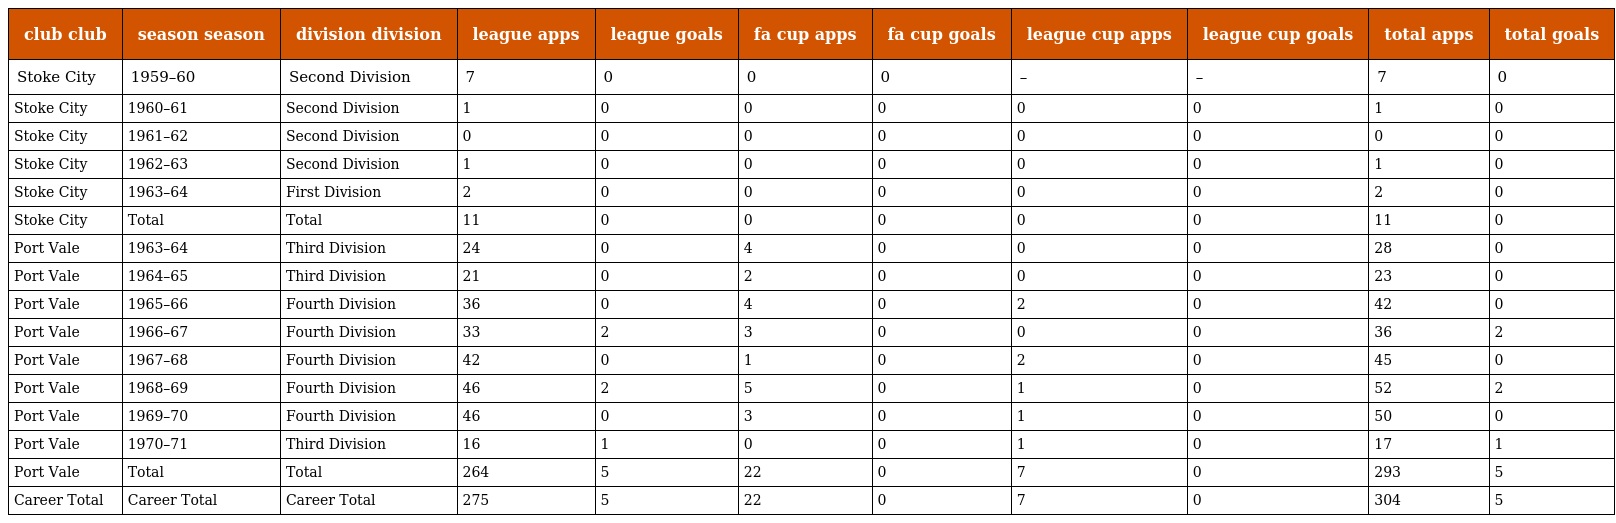
| club club | season season | division division | league apps | league goals | fa cup apps | fa cup goals | league cup apps | league cup goals | total apps | total goals |
 | --- | --- | --- | --- | --- | --- | --- | --- | --- | --- | --- |
 | Stoke City | 1959–60 | Second Division | 7 | 0 | 0 | 0 | – | – | 7 | 0 |
 | Stoke City | 1960–61 | Second Division | 1 | 0 | 0 | 0 | 0 | 0 | 1 | 0 |
 | Stoke City | 1961–62 | Second Division | 0 | 0 | 0 | 0 | 0 | 0 | 0 | 0 |
 | Stoke City | 1962–63 | Second Division | 1 | 0 | 0 | 0 | 0 | 0 | 1 | 0 |
 | Stoke City | 1963–64 | First Division | 2 | 0 | 0 | 0 | 0 | 0 | 2 | 0 |
 | Stoke City | Total | Total | 11 | 0 | 0 | 0 | 0 | 0 | 11 | 0 |
 | Port Vale | 1963–64 | Third Division | 24 | 0 | 4 | 0 | 0 | 0 | 28 | 0 |
 | Port Vale | 1964–65 | Third Division | 21 | 0 | 2 | 0 | 0 | 0 | 23 | 0 |
 | Port Vale | 1965–66 | Fourth Division | 36 | 0 | 4 | 0 | 2 | 0 | 42 | 0 |
 | Port Vale | 1966–67 | Fourth Division | 33 | 2 | 3 | 0 | 0 | 0 | 36 | 2 |
 | Port Vale | 1967–68 | Fourth Division | 42 | 0 | 1 | 0 | 2 | 0 | 45 | 0 |
 | Port Vale | 1968–69 | Fourth Division | 46 | 2 | 5 | 0 | 1 | 0 | 52 | 2 |
 | Port Vale | 1969–70 | Fourth Division | 46 | 0 | 3 | 0 | 1 | 0 | 50 | 0 |
 | Port Vale | 1970–71 | Third Division | 16 | 1 | 0 | 0 | 1 | 0 | 17 | 1 |
 | Port Vale | Total | Total | 264 | 5 | 22 | 0 | 7 | 0 | 293 | 5 |
 | Career Total | Career Total | Career Total | 275 | 5 | 22 | 0 | 7 | 0 | 304 | 5 |